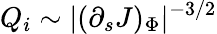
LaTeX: Q_{i}\sim|(\partial_{s}J)_{\Phi}|^{-3/2}